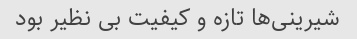
شیرینی‌ها تازه و کیفیت بی نظیر بود